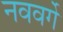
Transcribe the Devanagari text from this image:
नववर्गे